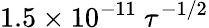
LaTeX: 1.5\times 10^{-11}~\tau^{-1/2}